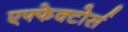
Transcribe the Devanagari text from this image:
एफ्फेक्टोर्स